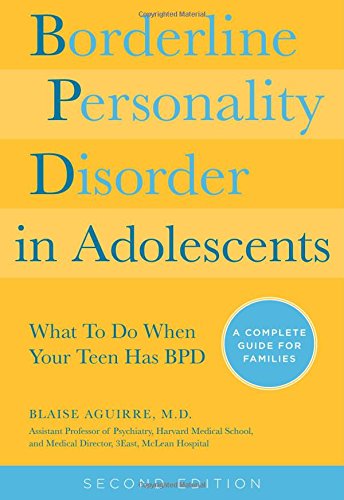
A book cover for Borderline Personality Disorder in Adolescents, 2nd Edition: What To Do When Your Teen Has BPD: A Complete Guide for Families; Blaise A Aguirre; Health, Fitness & Dieting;